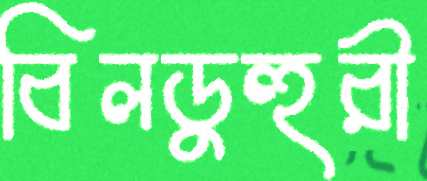
বিলডুহুরী